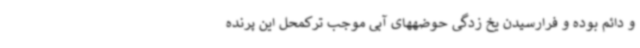
و دائم بوده و فرارسیدن یخ زدگی حوضههای آبی موجب ترکمحل این پرنده